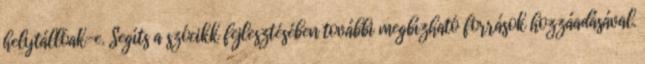
helytállóak-e. Segíts a szócikk fejlesztésében további megbízható források hozzáadásával.